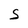
Character: s